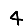
Digit: 4